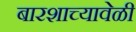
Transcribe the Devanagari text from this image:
बारशाच्यावेळी